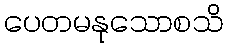
ပေတမနုသောစသိ